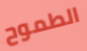
الطموح